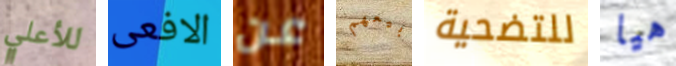
للأعلي الافعى عن بيعهم للتضحية هيا